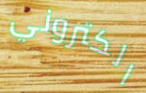
الكتروني